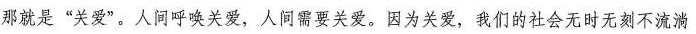
那就是”关爱”。人间呼唤关爱，人间需要关爱。因为关爱，我们的社会无时无刻不流淌